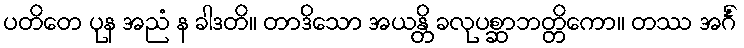
ပတိတေ ပုန အညံ န ခါဒတိ။ တာဒိသော အယန္တိ ခလုပစ္ဆာဘတ္တိကော။ တဿ အင်္ဂံ